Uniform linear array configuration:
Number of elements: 16
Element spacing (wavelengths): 1
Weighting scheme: exponential
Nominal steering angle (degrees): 15
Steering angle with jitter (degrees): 16.607
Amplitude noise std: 0.05
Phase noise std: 0.05

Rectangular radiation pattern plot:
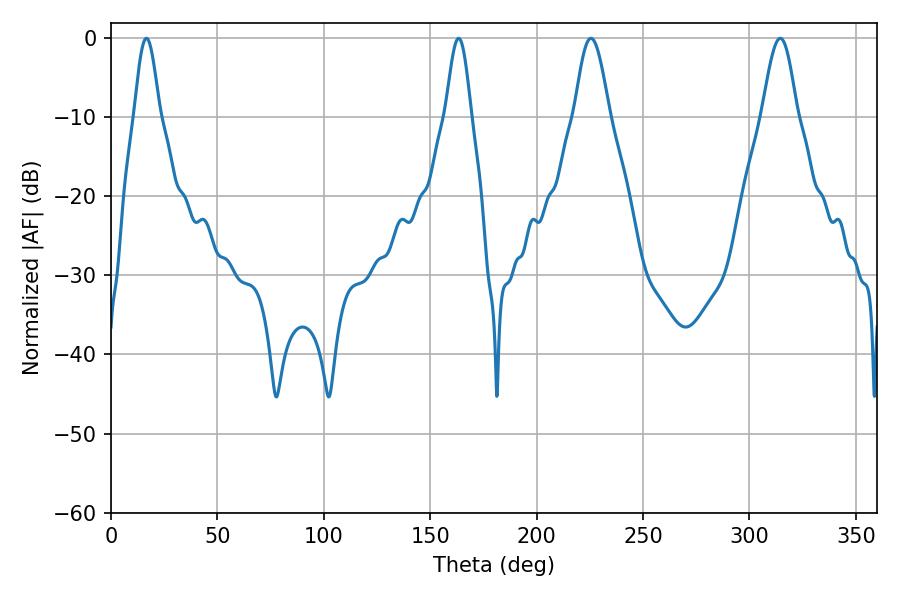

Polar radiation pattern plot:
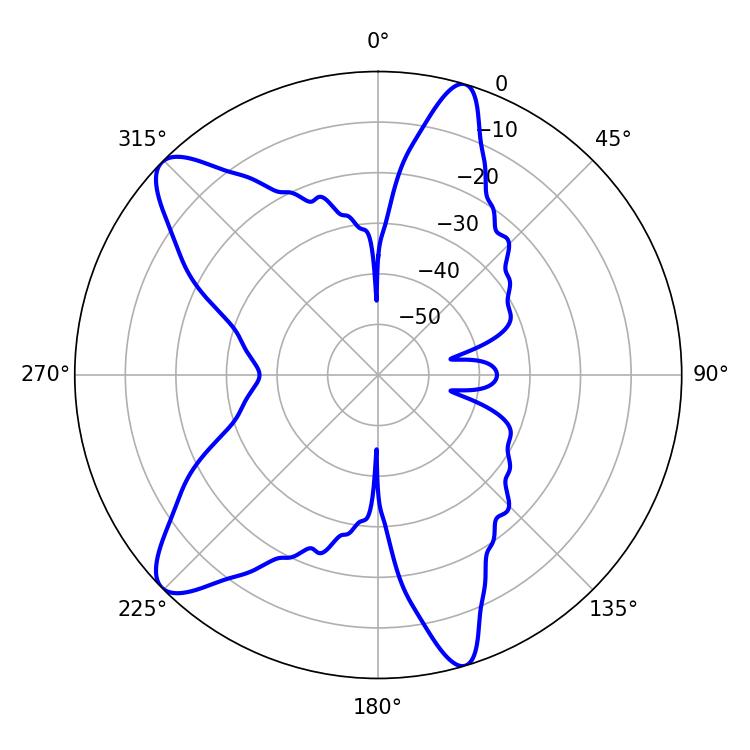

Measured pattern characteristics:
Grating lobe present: TRUE
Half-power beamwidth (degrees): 8.82
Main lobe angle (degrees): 225.54